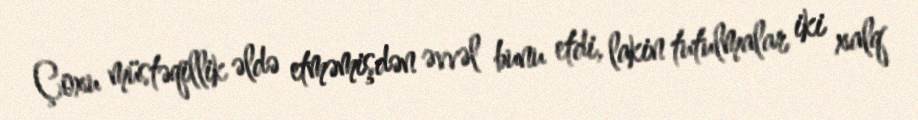
Çoxu müstəqillik əldə etməmişdən əvvəl bunu etdi, lakin tutulmalar iki xalq